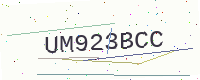
Text: UM923BCC